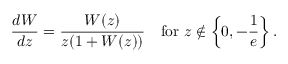
{ \frac { d W } { d z } } = { \frac { W ( z ) } { z ( 1 + W ( z ) ) } } \quad { \mathrm { f o r ~ } } z \not \in \left\{ 0 , - { \frac { 1 } { e } } \right\} .